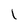
Character: l